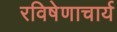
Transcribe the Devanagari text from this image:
रविषेणाचार्य